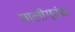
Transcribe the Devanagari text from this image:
पालीग्रंथ